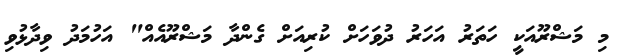
މި މަޝްރޫއަކީ ހަތަރު އަހަރު ދުވަހަށް ކުރިއަށް ގެންދާ މަޝްރޫއެއް" އަހުމަދު ވިދާޅުވި